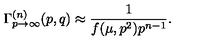
\Gamma _ { p \to \infty } ^ { ( n ) } ( p , q ) \approx \frac 1 { f ( \mu , p ^ { 2 } ) p ^ { n - 1 } } .